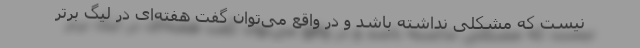
نیست که مشکلی نداشته باشد و در واقع می‌توان گفت هفته‌ای در لیگ برتر